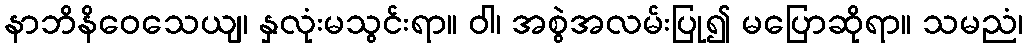
နာဘိနိဝေသေယျ၊ နှလုံးမသွင်းရာ။ ဝါ၊ အစွဲအလမ်းပြု၍ မပြောဆိုရာ။ သမညံ၊